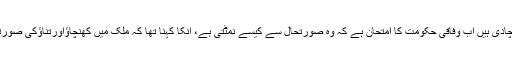
امیر جماعت اسلامی سراج الحق نے کہا ہے کہ انہوں نے عمران خان اور اپنی تجاویزوزیراعظم کو پہنچادی ہیں اب وفاقی حکومت کا امتحان ہے کہ وہ صورتحال سے کیسے نمٹتی ہے، انکا کہنا تھا کہ ملک میں کھنچاؤاورتناؤکی صورتحال ہےمسائل کو حل کرنا حکومت کی ذمہ داری ہے، ہم چاہتے ہیں 14اگست پر کوئی بدمزگی نہ ہو۔